Annual report of the Madras Medical College
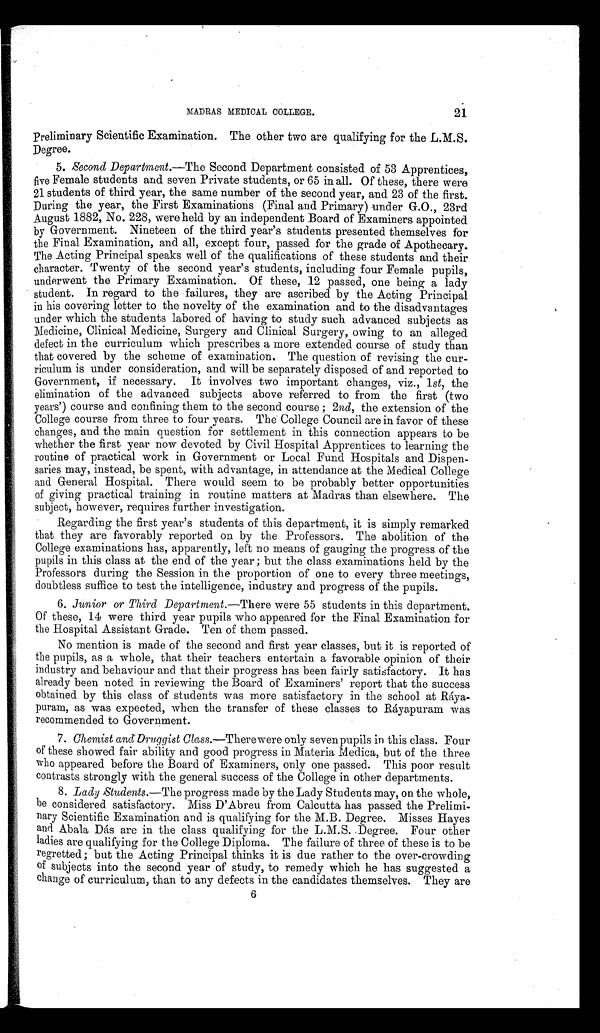
MADRAS MEDICAL COLLEGE.
21
Preliminary Scientific Examination. The other two are qualifying for the L.M.S.
Degree.
5. Second Department.—The Second Department consisted of 53 Apprentices,
five Female students and seven Private students, or 65 in all. Of these, there were
21 students of third year, the same number of the second year, and 23 of the first.
During the year, the First Examinations (Final and Primary) under G.O., 23rd
August 1882, No. 228, were held by an independent Board of Examiners appointed
by Government. Nineteen of the third year's students presented themselves for
the Final Examination, and all, except four, passed for the grade of Apothecary.
The Acting Principal speaks well of the qualifications of these students and their
character. Twenty of the second year's students, including four Female pupils,
underwent the Primary Examination. Of these, 12 passed, one being a lady
student. In regard to the failures, they are ascribed by the Acting Principal
in his covering letter to the novelty of the examination and to the disadvantages
under which the students labored of having to study such advanced subjects as
Medicine, Clinical Medicine, Surgery and Clinical Surgery, owing to an alleged
defect in the curriculum which prescribes a more extended course of study than
that covered by the scheme of examination. The question of revising the cur-
riculum is under consideration, and will be separately disposed of and reported to
Government, if necessary. It involves two important changes, viz., 1 st, the
elimination of the advanced subjects above referred to from the first (two
years') course and confining them to the second course ; 2 nd, the extension of the
College course from three to four years. The College Council are in favor of these
changes, and the main question for settlement in this connection appears to be
whether the first year now devoted by Civil Hospital Apprentices to learning the
routine of practical work in Government or Local Fund Hospitals and Dispen-
saries may, instead, be spent, with advantage, in attendance at the Medical College
and General Hospital. There would seem to be probably better opportunities
of giving practical training in routine matters at Madras than elsewhere. The
subject, however, requires further investigation.
Regarding the first year's students of this department, it is simply remarked
that they are favorably reported on by the Professors. The abolition of the
College examinations has, apparently, left no means of gauging the progress of the
pupils in this class at the end of the year ; but the class examinations held by the
Professors during the Session in the proportion of one to every three meetings,
doubtless suffice to test the intelligence, industry and progress of the pupils.
6. Junior or Third Department.—There were 55 students in this department.
Of these, 14 were third year pupils who appeared for the Final Examination for
the Hospital Assistant Grade. Ten of them passed.
No mention is made of the second and first year classes, but it is reported of
the pupils, as a whole, that their teachers entertain a favorable opinion of their
industry and behaviour and that their progress has been fairly satisfactory. It has
already been noted in reviewing the Board of Examiners' report that the success
obtained by this class of students was more satisfactory in the school at
R á y a - p u r a m , a s w a s e x p e c t e d , w h e n t h e t r a n s f e r o f t h e s e c l a s s e s t o R á y a p u r a m w a s
recommended to Government.
7. Chemist and Druggist Class.—
T h e r w e r e o n l y s e v e n p u p i l s i n t h i s c l a s s . F o u r
of these showed fair ability and good progress in Materia Medica, but of the three
who appeared before the Board of Examiners, only one passed. This poor result
contrasts strongly with the general success of the College in other departments.
8. Lady Students.—The progress made by the Lady Students may, on the whole,
be considered satisfactory. Miss D'Abreu from Calcutta has passed the Prelimi-
nary Scientific Examination and is qualifying for the M.B. Degree. Misses Hayes
and Abala Dás are in the class qualifying for the L.M.S. Degree. Four other
ladies are qualifying for the College Diploma. The failure of three of these is to be
regretted ; but the Acting Principal thinks it is due rather to the over-crowding
of subjects into the second year of study, to remedy which he has suggested a
change of curriculum, than to any defects in the candidates themselves. They are
6